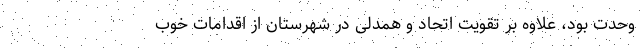
وحدت بود، علاوه بر تقویت اتحاد و همدلی در شهرستان‌ از اقدامات خوب